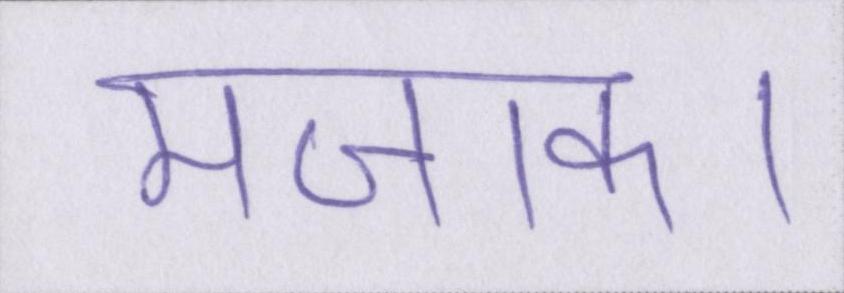
मजाक।